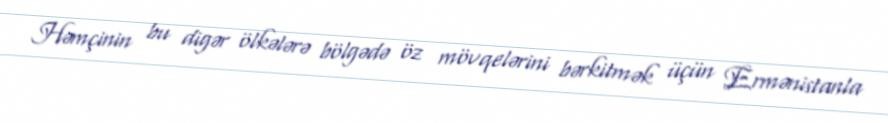
Həmçinin bu digər ölkələrə bölgədə öz mövqelərini bərkitmək üçün Ermənistanla